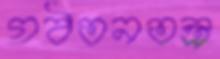
গঠতনতন্ত্র